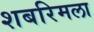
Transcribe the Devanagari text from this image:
शबरिमला